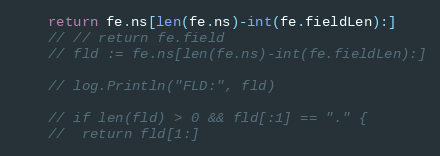
Language: Go
	return fe.ns[len(fe.ns)-int(fe.fieldLen):]
	// // return fe.field
	// fld := fe.ns[len(fe.ns)-int(fe.fieldLen):]

	// log.Println("FLD:", fld)

	// if len(fld) > 0 && fld[:1] == "." {
	// 	return fld[1:]